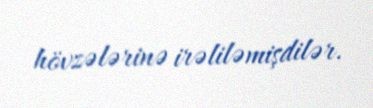
hövzələrinə irəliləmişdilər.